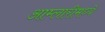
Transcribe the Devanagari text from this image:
आम्लारीमध्ये